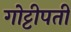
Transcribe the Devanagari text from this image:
गोट्टीपती